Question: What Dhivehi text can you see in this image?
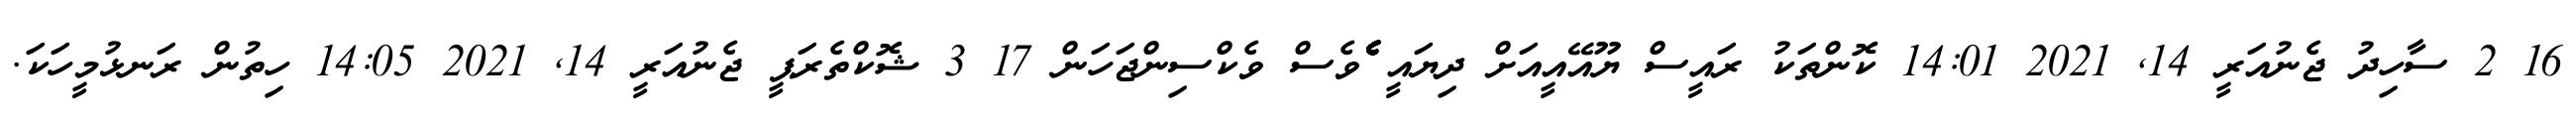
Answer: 16 2 ސާހިދު ޖެނުއަރީ 14, 2021 14:01 ކޮންތަކު ރައީސް ޔޫއޭއީއަށް ދިޔައީ ެެެެެެެެެެެެެެެެެެެެެެެެެެެެެެެެެެެެެެެެެެެެެެެެެެެެެެެެވެސް ވެކްސިންޖަހަން 17 3 ޝޮކްތެރަޕީ ޖެނުއަރީ 14, 2021 14:05 ހިތުން ރަނޅުމީހަކަ.